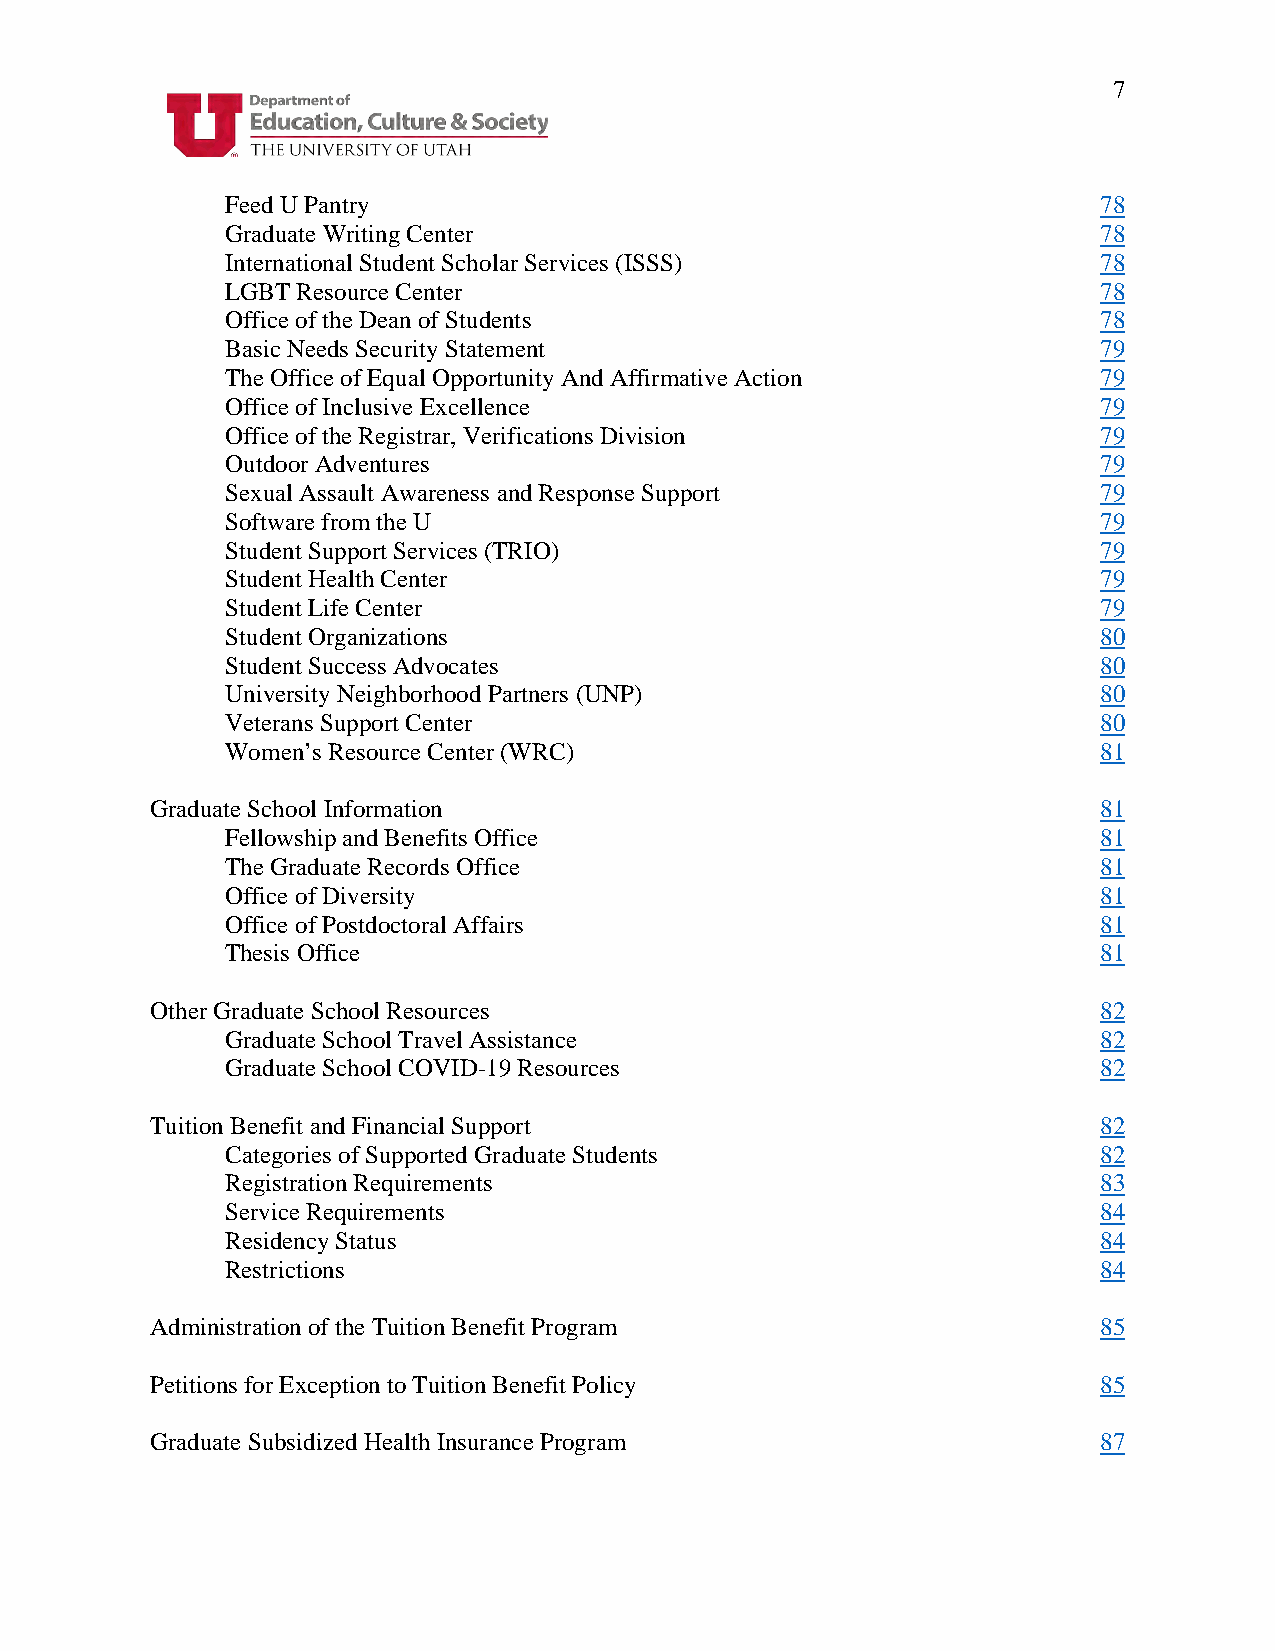
7
 Feed U Pantry                                             78
 Graduate Writing Center                                   78
 International Student Scholar Services (ISSS)             78
 LGBT Resource Center                                      78
 Office of the Dean of Students                            78
 Basic Needs Security Statement                            79
 The Office of Equal Opportunity And Affirmative Action    79
 Office of Inclusive Excellence                            79
 Office of the Registrar, Verifications Division           79
 Outdoor Adventures                                        79
 Sexual Assault Awareness and Response Support             79
 Software from the U                                       79
 Student Support Services (TRIO)                           79
 Student Health Center                                     79
 Student Life Center                                       79
 Student Organizations                                     80
 Student Success Advocates                                 80
 University Neighborhood Partners (UNP)                    80
 Veterans Support Center                                   80
 Women’s Resource Center (WRC)                             81
 Graduate School Information                                    81
 Fellowship and Benefits Office                            81
 The Graduate Records Office                               81
 Office of Diversity                                       81
 Office of Postdoctoral Affairs                            81
 Thesis Office                                             81
 Other Graduate School Resources                                82
 Graduate School Travel Assistance                         82
 Graduate School COVID-19 Resources                        82
 Tuition Benefit and Financial Support                          82
 Categories of Supported Graduate Students                 82
 Registration Requirements                                 83
 Service Requirements                                      84
 Residency Status                                          84
 Restrictions                                              84
 Administration of the Tuition Benefit Program                  85
 Petitions for Exception to Tuition Benefit Policy              85
 Graduate Subsidized Health Insurance Program                   87